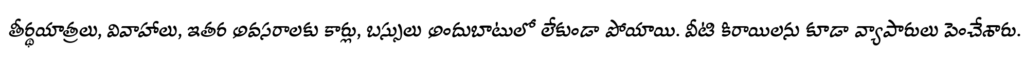
తీర్థయాత్రలు, వివాహాలు, ఇతర అవసరాలకు కార్లు, బస్సులు అందుబాటులో లేకుండా పోయాయి. వీటి కిరాయిలను కూడా వ్యాపారులు పెంచేశారు.